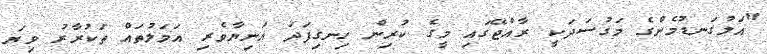
"އަލުގަނޑުމެންގެ މަގުސަދަކީ ރާއްޖޭގައި މީގެ ކުރިން ހިނގިފަދަ އަނިޔާވެރި އަމަލުތައް ތަކުރާރު ވިޔަ